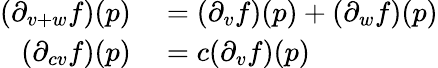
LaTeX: \begin{array}{rl}{(\partial_{v+w}f)(p)}&{{}=(\partial_{v}f)(p)+(\partial_{w}f)(p)}\\ {(\partial_{cv}f)(p)}&{{}=c(\partial_{v}f)(p)}\end{array}